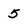
Character: 5